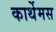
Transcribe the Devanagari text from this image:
कार्थेमस